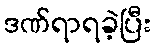
ဒဏ်ရာရခဲ့ပြီး